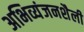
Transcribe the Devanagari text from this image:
अभिव्यंजनशैली